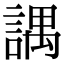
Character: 𧪓